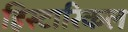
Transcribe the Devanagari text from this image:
हिस्टारिकल